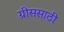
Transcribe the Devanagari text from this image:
ग्रीससाठी